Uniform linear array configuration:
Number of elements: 64
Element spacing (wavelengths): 0.25
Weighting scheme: binomial
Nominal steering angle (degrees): -60
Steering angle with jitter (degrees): -58.162
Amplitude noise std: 0.05
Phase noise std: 0.05

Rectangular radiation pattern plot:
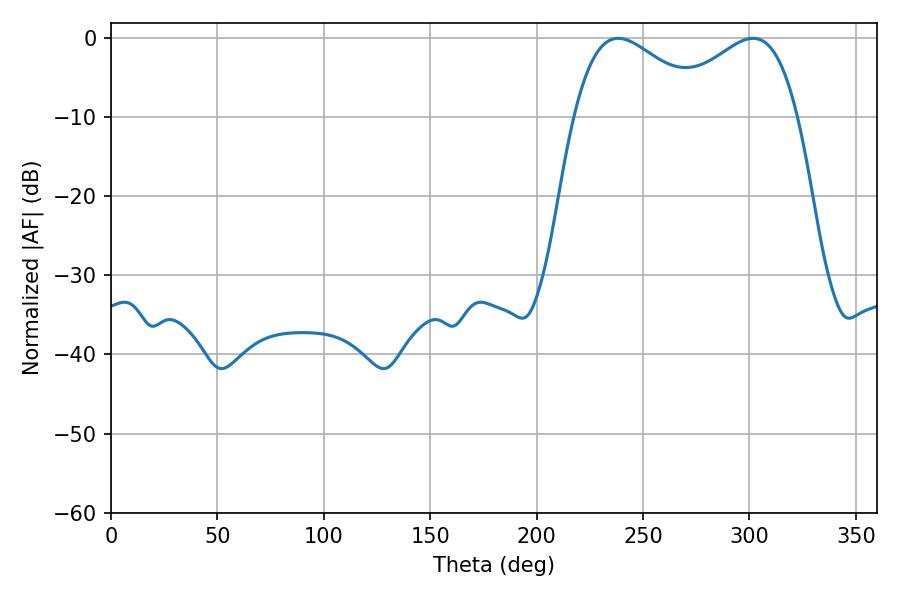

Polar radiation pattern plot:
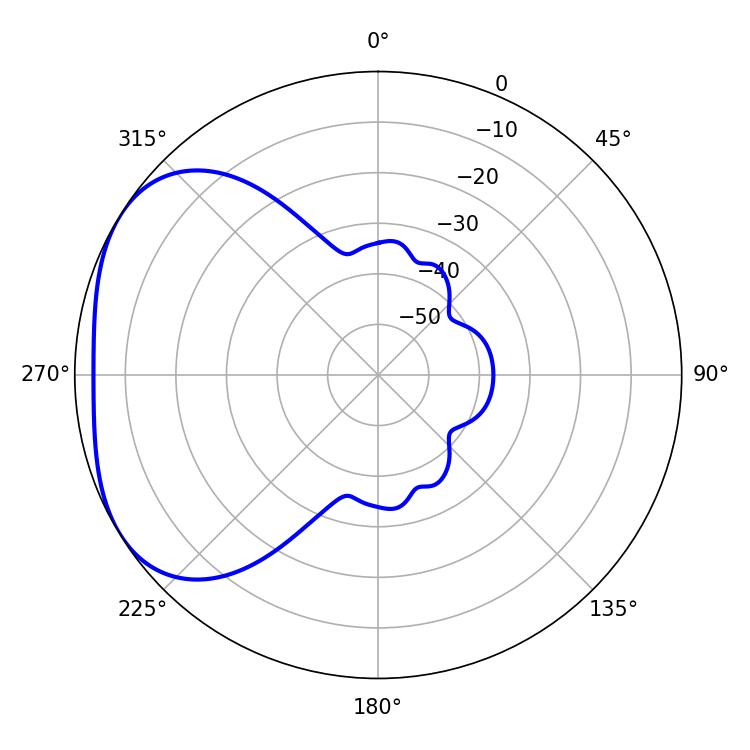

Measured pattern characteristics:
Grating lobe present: FALSE
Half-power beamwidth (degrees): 34.2
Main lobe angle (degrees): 238.32